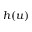
h ( u )